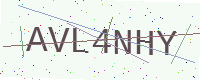
Text: AVL4NHY